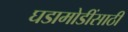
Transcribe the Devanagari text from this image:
घडामोडींसाठी